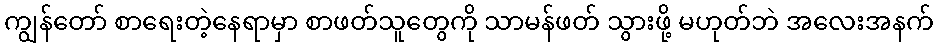
ကျွန်တော် စာရေးတဲ့နေရာမှာ စာဖတ်သူတွေကို သာမန်ဖတ် သွားဖို့ မဟုတ်ဘဲ အလေးအနက်